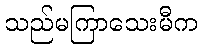
သည်မကြာသေးမီက